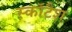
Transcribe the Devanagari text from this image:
स्कॉटैश